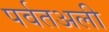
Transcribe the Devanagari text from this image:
पर्वतअली